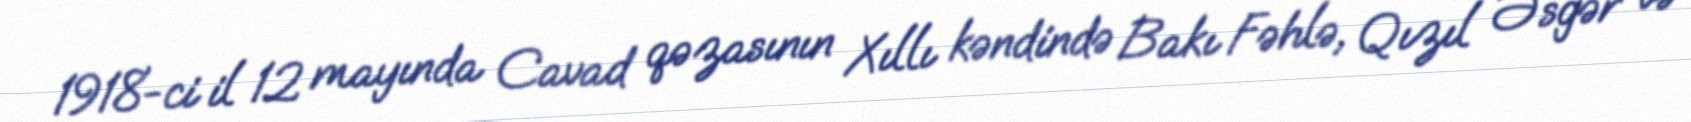
1918-ci il 12 mayında Cavad qəzasının Xıllı kəndində Bakı Fəhlə, Qızıl Əsgər və